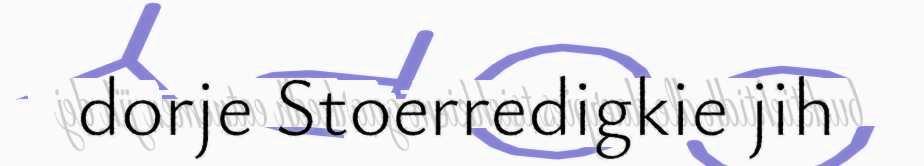
dorje Stoerredigkie jih